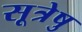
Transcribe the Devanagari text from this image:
सूत्रेषु